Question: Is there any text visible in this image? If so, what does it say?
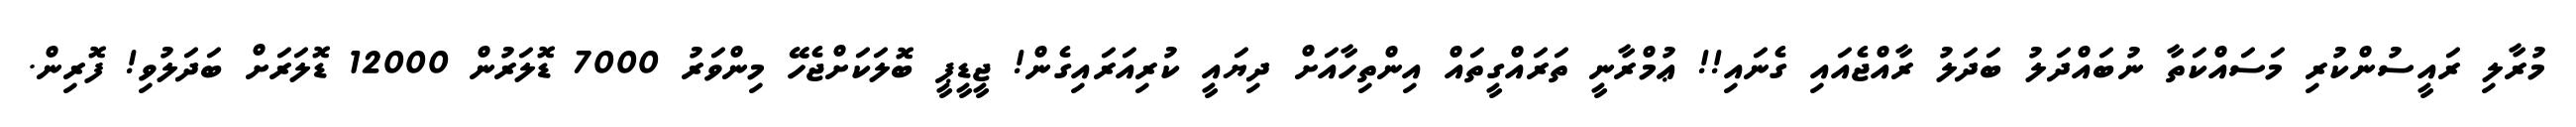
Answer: މުރާލި ރައީސުންކުރި މަސައްކަތާ ނުބައްދަލު ބަދަލު ރާއްޖެއައި ގެނައި!! ޢުމްރާނީ ތަރައްގީތައް އިންތިހާއަށް ދިޔައީ ކުރިއަރައިގެން! ޖީޑީޕީ ބޮލަކަށްޖެހޭ މިންވަރު 7000 ޑޮލަރުން 12000 ޑޮލަރަށް ބަދަލުވި! ފޮރިން.